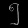
Digit: ၅